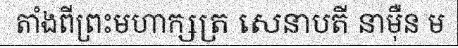
តាំងពីព្រះមហាក្សត្រ សេនាបតី នាម៉ឺន ម